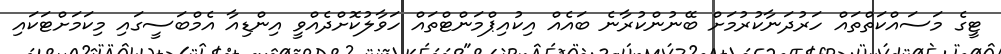
ޓީގެ މަސައްކަތްތައް ހަރުދަނާކުރުމަށް ބޭނުންކުރާނެ ބައެއް އިކުއިޕްމަންޓްތައް ހަވާލުކޮށްދެއްވީ އިންޑިއާ އެމްބަސީގައި މިކަމަށްޓަކައި